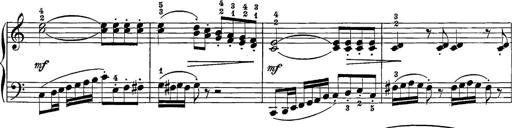
Title: 12 Sonatine per Pianoforte
Composer: Friedrich Kuhlau